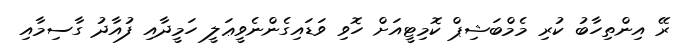
ރޭ އިންތިހާބު ކުރި މެމްބަޝިޕް ކޮމިޓީއަށް ހޮވި ވަޑައިގެންނެވީޢަލީ ހަމީދާއި ފުއާދު ގާސިމާއި